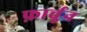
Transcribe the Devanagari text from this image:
फ़ार्चुन